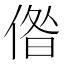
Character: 偺